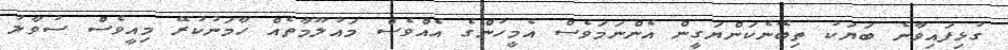
ގުޅިފައިވާނެ ބަޔަކު ތިބޭނެކަންޔަގީން އެންނަމަވެސް އެމީހުންގެ އެއްވެސް މައުލޫމާތެއް ހާމަނުކުރޭ މިއީވެސް ސުވާލު